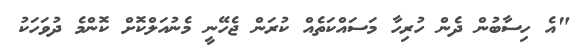
"އެ ހިސާބުން ދެން ހުރިހާ މަސައްކަތެއް ކުރަން ޖެހޭނީ މެނުއަލްކޮށް ކޮންމެ ދުވަހަކު